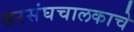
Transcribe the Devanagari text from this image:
सरसंघचालकाचे